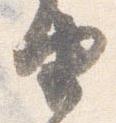
由